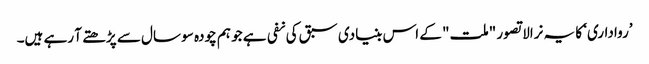
’رواداری‘ کا یہ نرالا تصور "ملت" کے اس بنیادی سبق کی نفی ہے جو ہم چودہ سو سال سے پڑھتے آ رہے ہیں۔